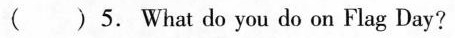
( ) 5. What do you do on Flag Day?